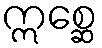
ဣစ္ဆေ